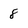
Character: 8